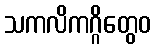
သကလိကဂ္ဂိတွေဝ